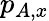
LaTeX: p_{{A,x}}